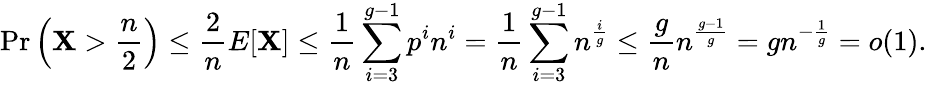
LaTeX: \operatorname*{Pr}\left(\mathbf{X}>{\frac{{n}}{{2}}}\right)\leq{\frac{{2}}{{n}}}E[\mathbf{X}]\leq{\frac{{1}}{{n}}}\sum_{i=3}^{g-1}p^{i}n^{i}={\frac{{1}}{{n}}}\sum_{i=3}^{g-1}n^{\frac{{i}}{{g}}}\leq{\frac{{g}}{{n}}}n^{\frac{{g-1}}{{g}}}=gn^{-{\frac{{1}}{{g}}}}=o(1).